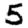
Digit: 5